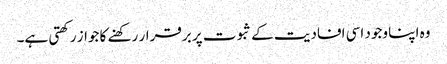
وہ اپنا وجود اسی افادیت کے ثبوت پر برقرار رکھنے کا جواز رکھتی ہے۔